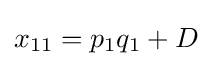
x_{11}=p_{1}q_{1}+D